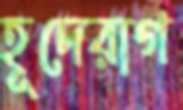
হূদেরাগ